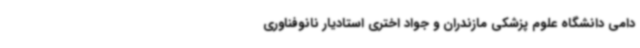
دامی دانشگاه علوم پزشکی مازندران و جواد اختری استادیار نانوفناوری